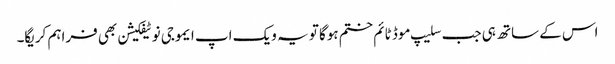
اس کے ساتھ ہی جب سلیپ موڈ ٹائم ختم ہوگا تو یہ ویک اپ ایموجی نوٹیفکیشن بھی فراہم کریگا۔